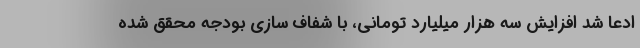
ادعا شد افزایش سه هزار میلیارد تومانی، با شفاف سازی بودجه محقق شده